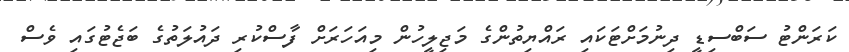
ކަރަންޓު ސަބްސިޑީ ދިނުމަށްޓަކައި ރައްޔިތުންގެ މަޖިލީހުން މިއަހަރަށް ފާސްކުރި ދައުލަތުގެ ބަޖެޓުގައި ވެސް